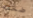
ضخمه